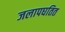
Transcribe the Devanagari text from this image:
जलापघतित